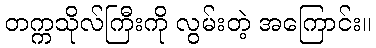
တက္ကသိုလ်ကြီးကို လွမ်းတဲ့ အကြောင်း။